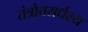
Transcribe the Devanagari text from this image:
तंत्रोत्तरार्धस्य